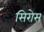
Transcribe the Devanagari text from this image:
सिरोस